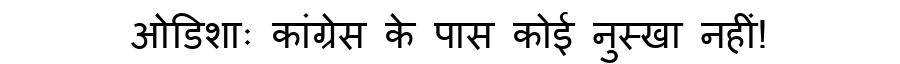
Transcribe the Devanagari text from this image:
ओडिशाः कांग्रेस के पास कोई नुस्खा नहीं!